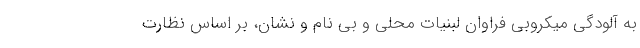
به آلودگی میکروبی فراوان لبنیات محلی و بی نام و نشان، بر اساس نظارت